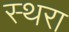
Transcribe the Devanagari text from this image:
स्थरा